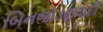
બિનજોડણવાદી